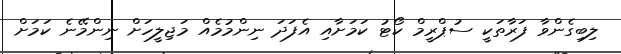
ލިބިގެންވާ ފަރާތަކީ ސުޕްރީމް ކޯޓު ކަމަށާއި އެފަދަ ނިންމުމެއް މަޖިލީހަށް ނިންމޭނެ ކަމަށް